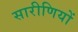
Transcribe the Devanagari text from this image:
सारीणियों